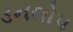
ડનલોપ